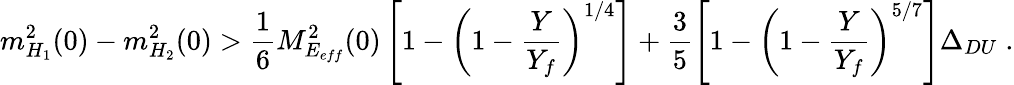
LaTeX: m_{H_{1}}^{2}(0)-m_{H_{2}}^{2}(0)>\frac{1}{6}M_{E_{eff}}^{2}(0)\left[1-\left(1-\frac{Y}{Y_{f}}\right)^{1/4}\right]+\frac{3}{5}\left[1-\left(1-\frac{Y}{Y_{f}}\right)^{5/7}\right]\Delta_{DU}\; .